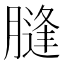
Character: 膖